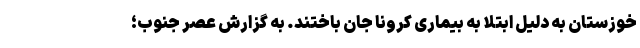
خوزستان به دلیل ابتلا به بیماری کرونا جان باختند. به گزارش عصر جنوب؛